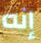
إنه